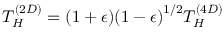
T _ { H } ^ { ( 2 D ) } = ( 1 + \epsilon ) { ( 1 - \epsilon ) } ^ { 1 / 2 } T _ { H } ^ { ( 4 D ) }